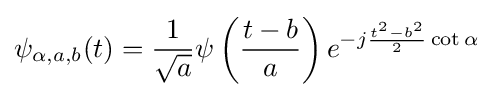
\psi _{\alpha ,a,b}(t)={\frac {1}{\sqrt {a}}}\psi \left({\frac {t-b}{a}}\right)e^{-j{\frac {t^{2}-b^{2}}{2}}\cot \alpha }